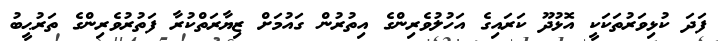
ފަދަ ކުޅިވަރުތަކަކީ އޮޅުދޫ ކަރައިގެ އަހުލުވެރިންގެ އިތުރުން ގައުމަށް ޒިޔާރަތްކުރާ ފަތުރުވެރިންގެ ތަރުޙީބު